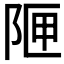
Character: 𮥇